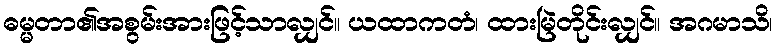
ဓမ္မတာ၏အစွမ်းအားဖြင့်သာလျှင်။ ယထာကတံ၊ ထားမြဲတိုင်းလျှင်။ အဂမာသိ၊